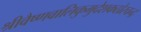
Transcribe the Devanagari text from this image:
श्रीवैष्णवालिकुमुदेशकठोरचन्द्र